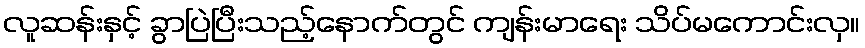
လူဆန်းနှင့် ခွာပြဲပြီးသည့်နောက်တွင် ကျန်းမာရေး သိပ်မကောင်းလှ။